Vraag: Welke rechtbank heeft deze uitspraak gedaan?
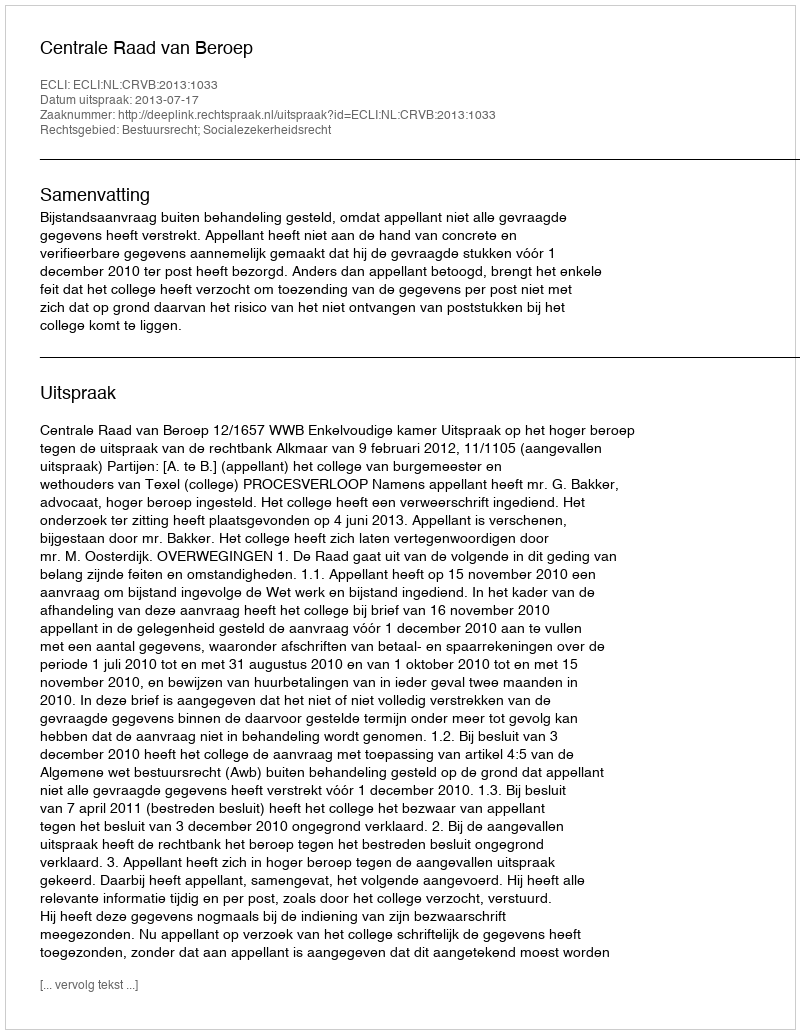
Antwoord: Centrale Raad van Beroep